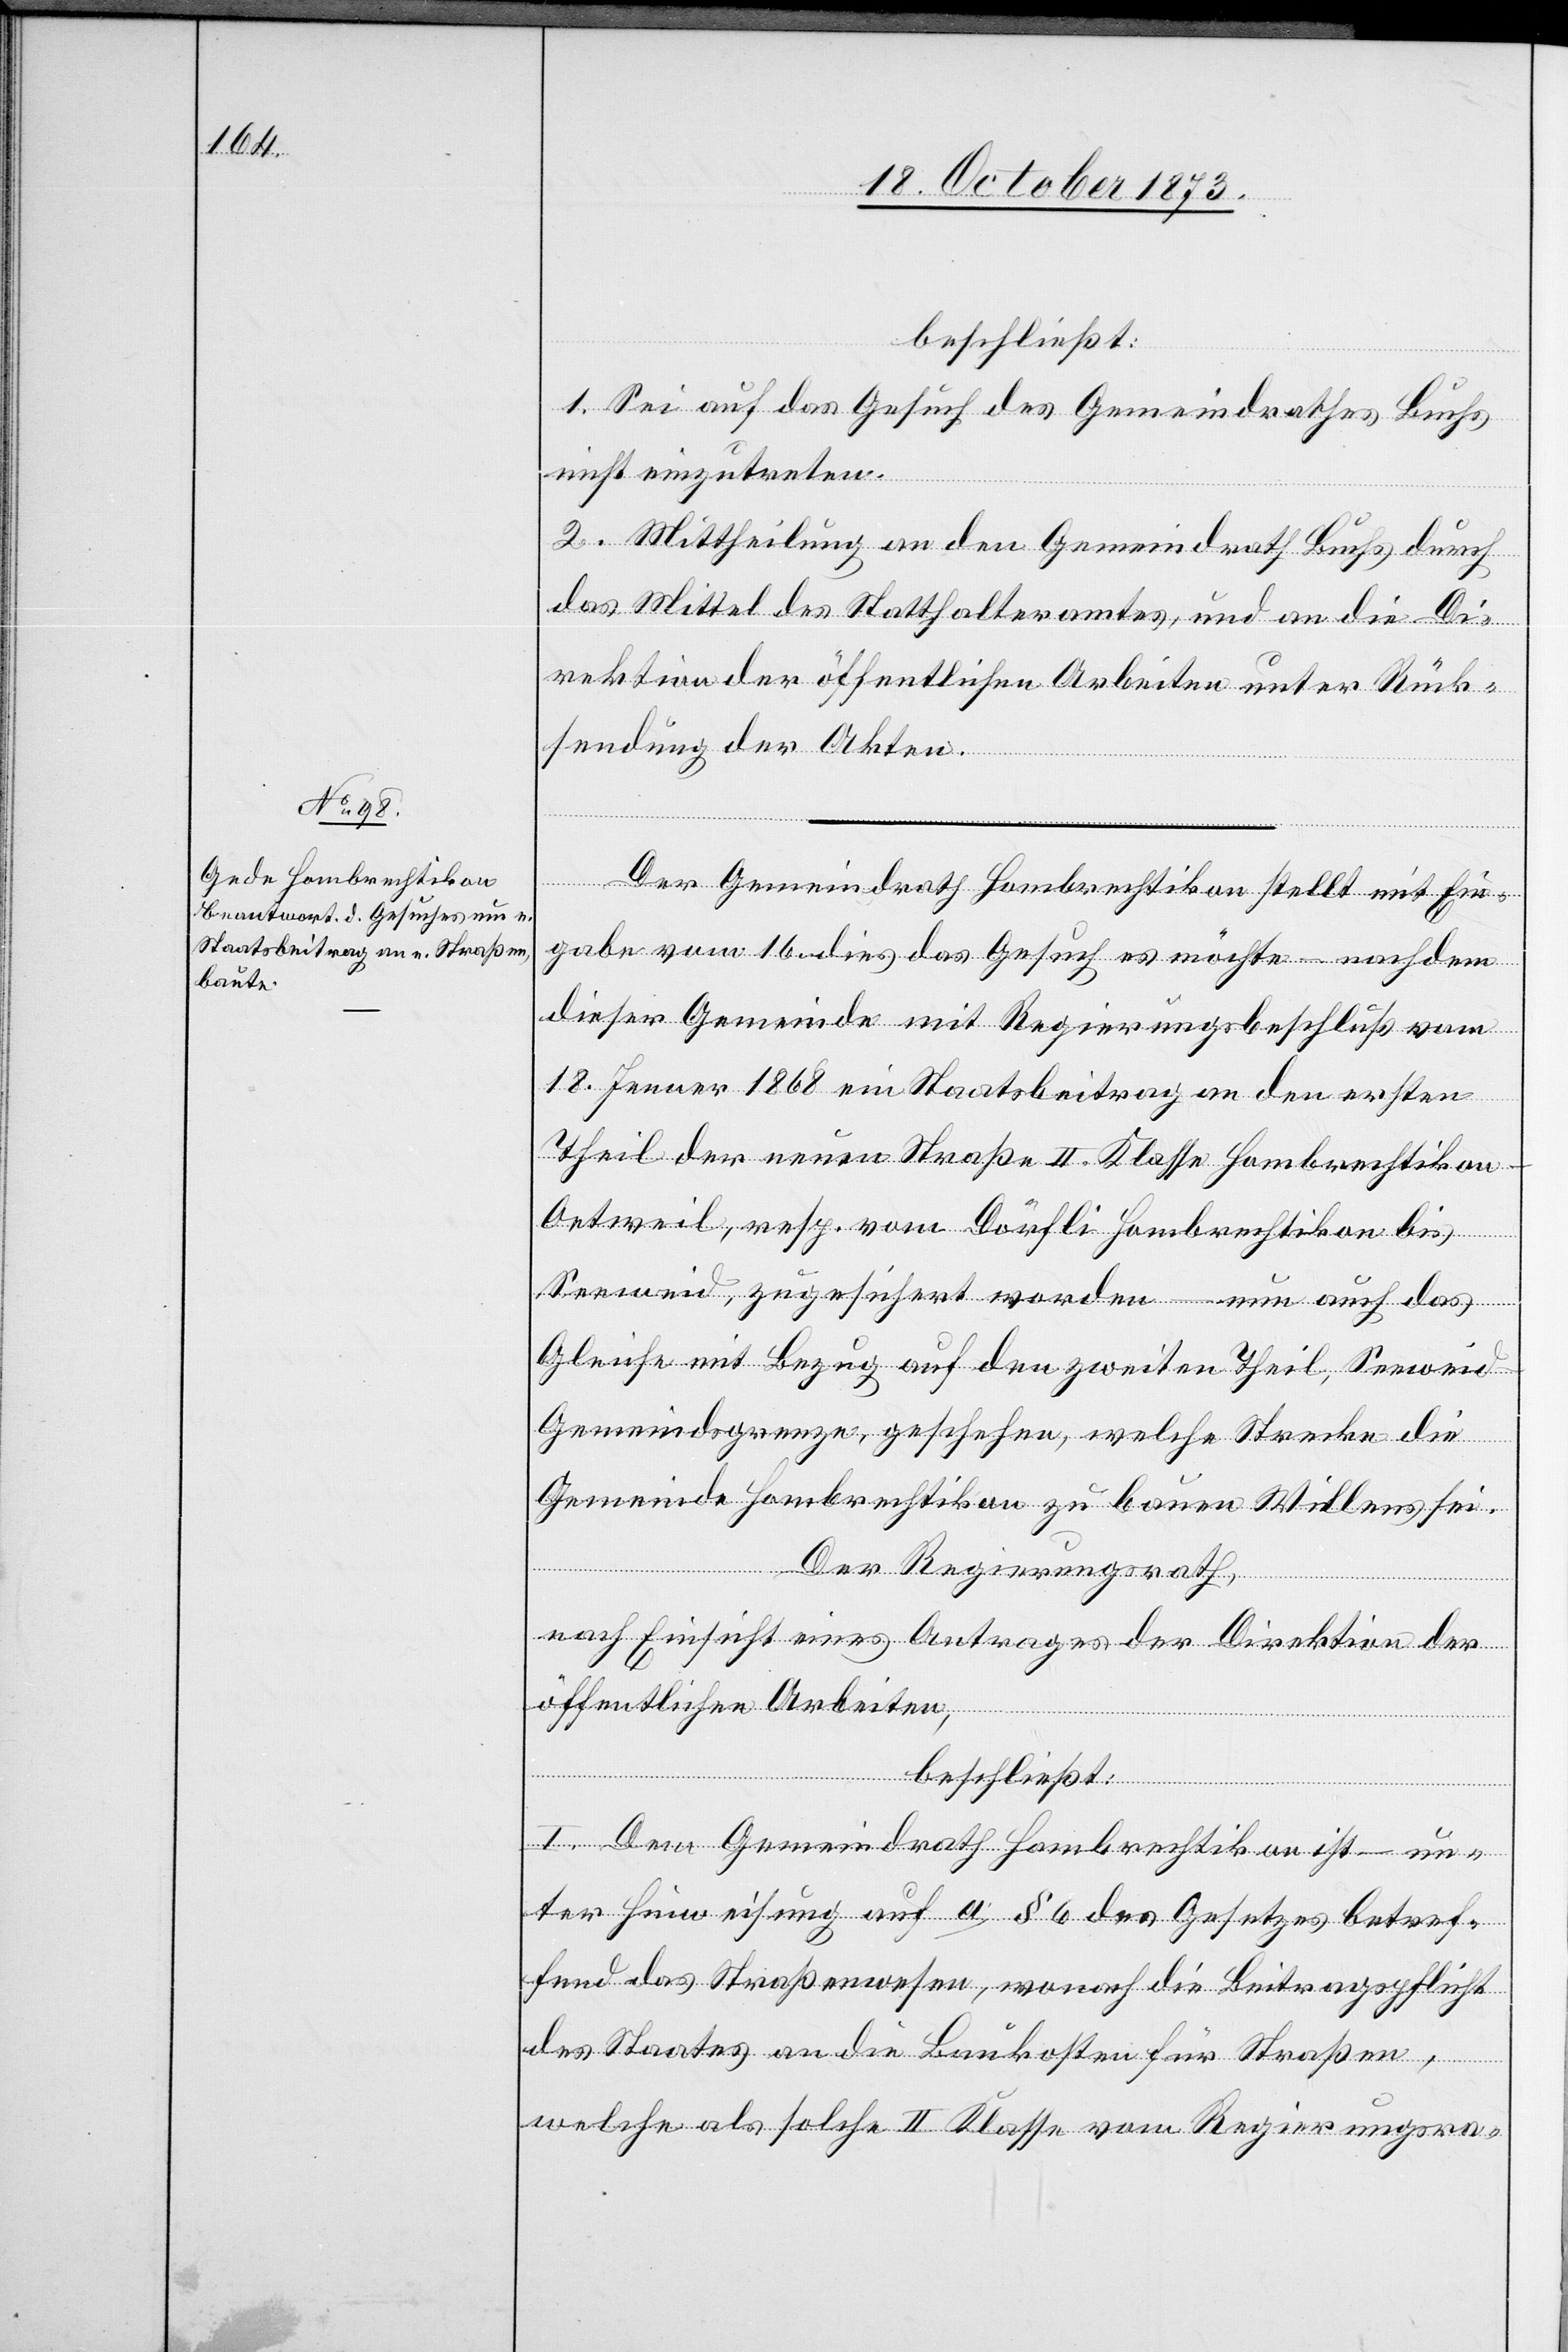
beschließt:
1. Sei auf das Gesuch des Gemeindrathes Buchs
nicht einzutreten.
2. Mittheilung an den Gemeindrath Buchs durch
das Mittel des Statthalteramtes, und an die Di¬
rektion der öffentlichen Arbeiten unter Rück¬
sendung der Akten.
Der Gemeindrath Hombrechtikon stellt mit Ein¬
gabe vom 16. dies das Gesuch es möchte – nachdem
dieser Gemeinde mit Regierungsbeschluß vom
18. Jenner 1868 ein Staatsbeitrag an den ersten
Theil der neuen Straße II. Klasse Hombrechtikon–O¬
etweil, resp. vom Dörfli Hombrechtikon bis
Seeweid, zugesichert worden – nun auch das
Gleiche mit Bezug auf den zweiten Theil, Seewei¬
d–Gemeindsgrenze, geschehen, welche Strecke die
Gemeinde Hombrechtikon zu bauen Willens sei.
Der Regierungsrath,
nach Einsicht eines Antrages der Direktion der
öffentlichen Arbeiten,
beschließt:
I. Dem Gemeindrath Hombrechtikon ist – un¬
ter Hinweisung auf a. § 6 des Gesetzes betref¬
fend das Straßenwesen, wonach die Beitragspflicht
des Staates an die Baukosten für Straßen,
welche als solche II Klasse vom Regierungsra-